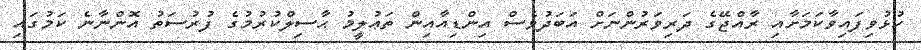
ހުޅުވިފައިވާކަމަށާއި ރާއްޖޭގެ ދަރިވަރުންނަށް އަބަދުވެސް އިންޑިއާއިން ތަޢުލީމު ޙާސިލްކުރުމުގެ ފުރުސަތު އޮންނާނެ ކަމުގައި